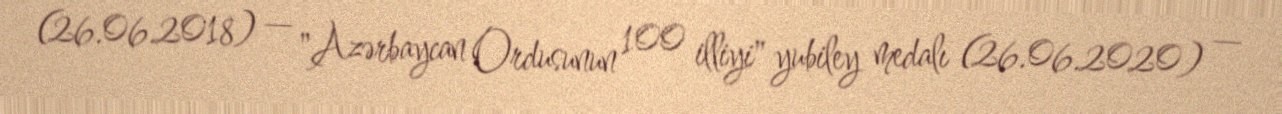
(26.06.2018) — "Azərbaycan Ordusunun 100 illiyi" yubiley medalı (26.06.2020) —